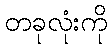
တခုလုံးကို